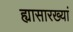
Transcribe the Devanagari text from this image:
ह्यासारख्यां